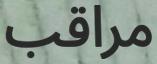
مراقب